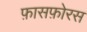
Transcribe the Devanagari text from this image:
फ़ासफ़ोरस